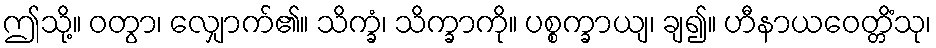
ဤသို့။ ဝတွာ၊ လျှောက်၏။ သိက္ခံ၊ သိက္ခာကို။ ပစ္စက္ခာယျ၊ ချ၍။ ဟီနာယဝေတ္တိံသု၊